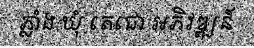
ភ្លាំង ឃុំ តេជោ អភិវឌ្ឍន៍